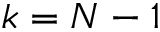
k = N - 1